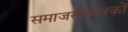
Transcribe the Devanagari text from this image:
समाजसंशोधकों